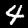
Digit: 4